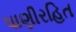
પાણીરહિત